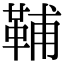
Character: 𩊬